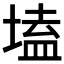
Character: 𡏖